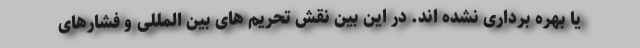
یا بهره برداری نشده اند. در این بین نقش تحریم های بین المللی و فشارهای